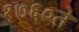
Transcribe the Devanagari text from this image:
१७६०ते